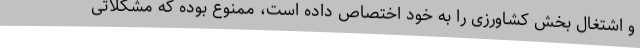
و اشتغال بخش کشاورزی را به خود اختصاص داده است، ممنوع بوده که مشکلاتی